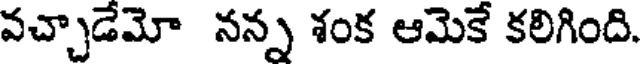
వచ్చాడేమో నన్న శంక ఆమెకే కలిగింది.